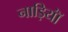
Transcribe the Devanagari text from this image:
नाड़ियॉं